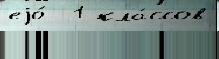
еjо́  1 кла́ссов